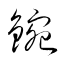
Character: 鋺